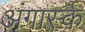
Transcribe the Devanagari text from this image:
अंगार्स्क